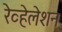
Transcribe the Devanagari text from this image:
रेव्हेलेशन